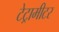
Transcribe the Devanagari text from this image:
टेट्रामीटर